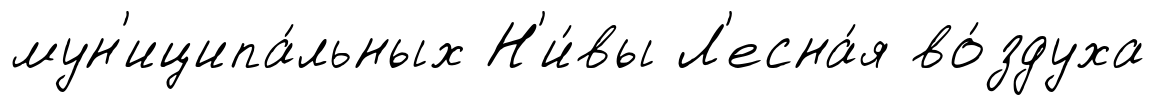
мун'иципа́льных Н'и́вы Л'есна́я во́здуха